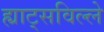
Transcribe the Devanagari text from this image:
ह्याट्सविल्ले